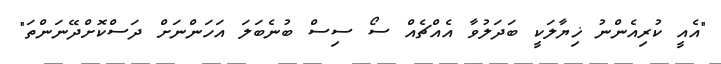
"އެއީ ކުރިއެންނު ޚިޔާލަކީ ބަދަލުވާ އެއްޗެއް ސޯ ސިސް ބުނެބަލަ އަހަންނަށް ދަސްކޮށްދޭނަންތަ"